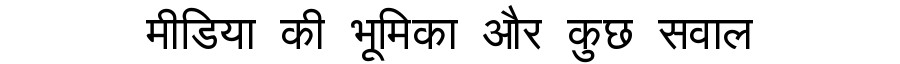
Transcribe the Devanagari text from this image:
मीडिया की भूमिका और कुछ सवाल